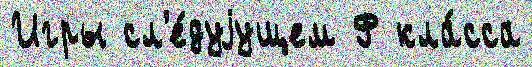
Игры сл'е́дуjущем Ф кла́сса